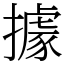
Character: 據